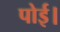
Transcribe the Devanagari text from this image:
पोई।